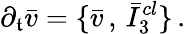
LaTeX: \partial_{\mathfrak{t}}\bar{{v}}=\{ \bar{{v}}\, ,\, \bar{{I}}_{3}^{cl}\} \, .